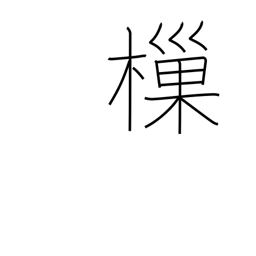
Meaning: dip up